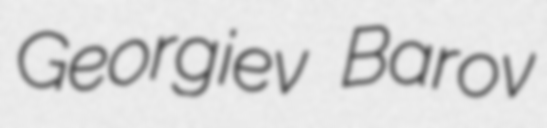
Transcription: Georgiev Barov